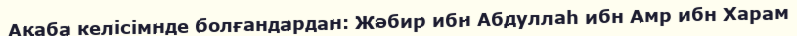
Ақаба келісімнде болғандардан: Жәбир ибн Абдуллаһ ибн Амр ибн Харам